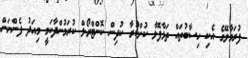
ފުރަމާލޭގެ އެކި ހިސާބުތައް ތަޅާފޮޅާ ކުށްކުރާ ކުދިން ކޮންޓްރޯލް ކުރަމުންދާކަމީ މިއަދު ފެންނަން